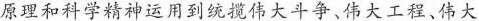
原理和科学精神运用到统揽伟大斗争、伟大工程、伟大